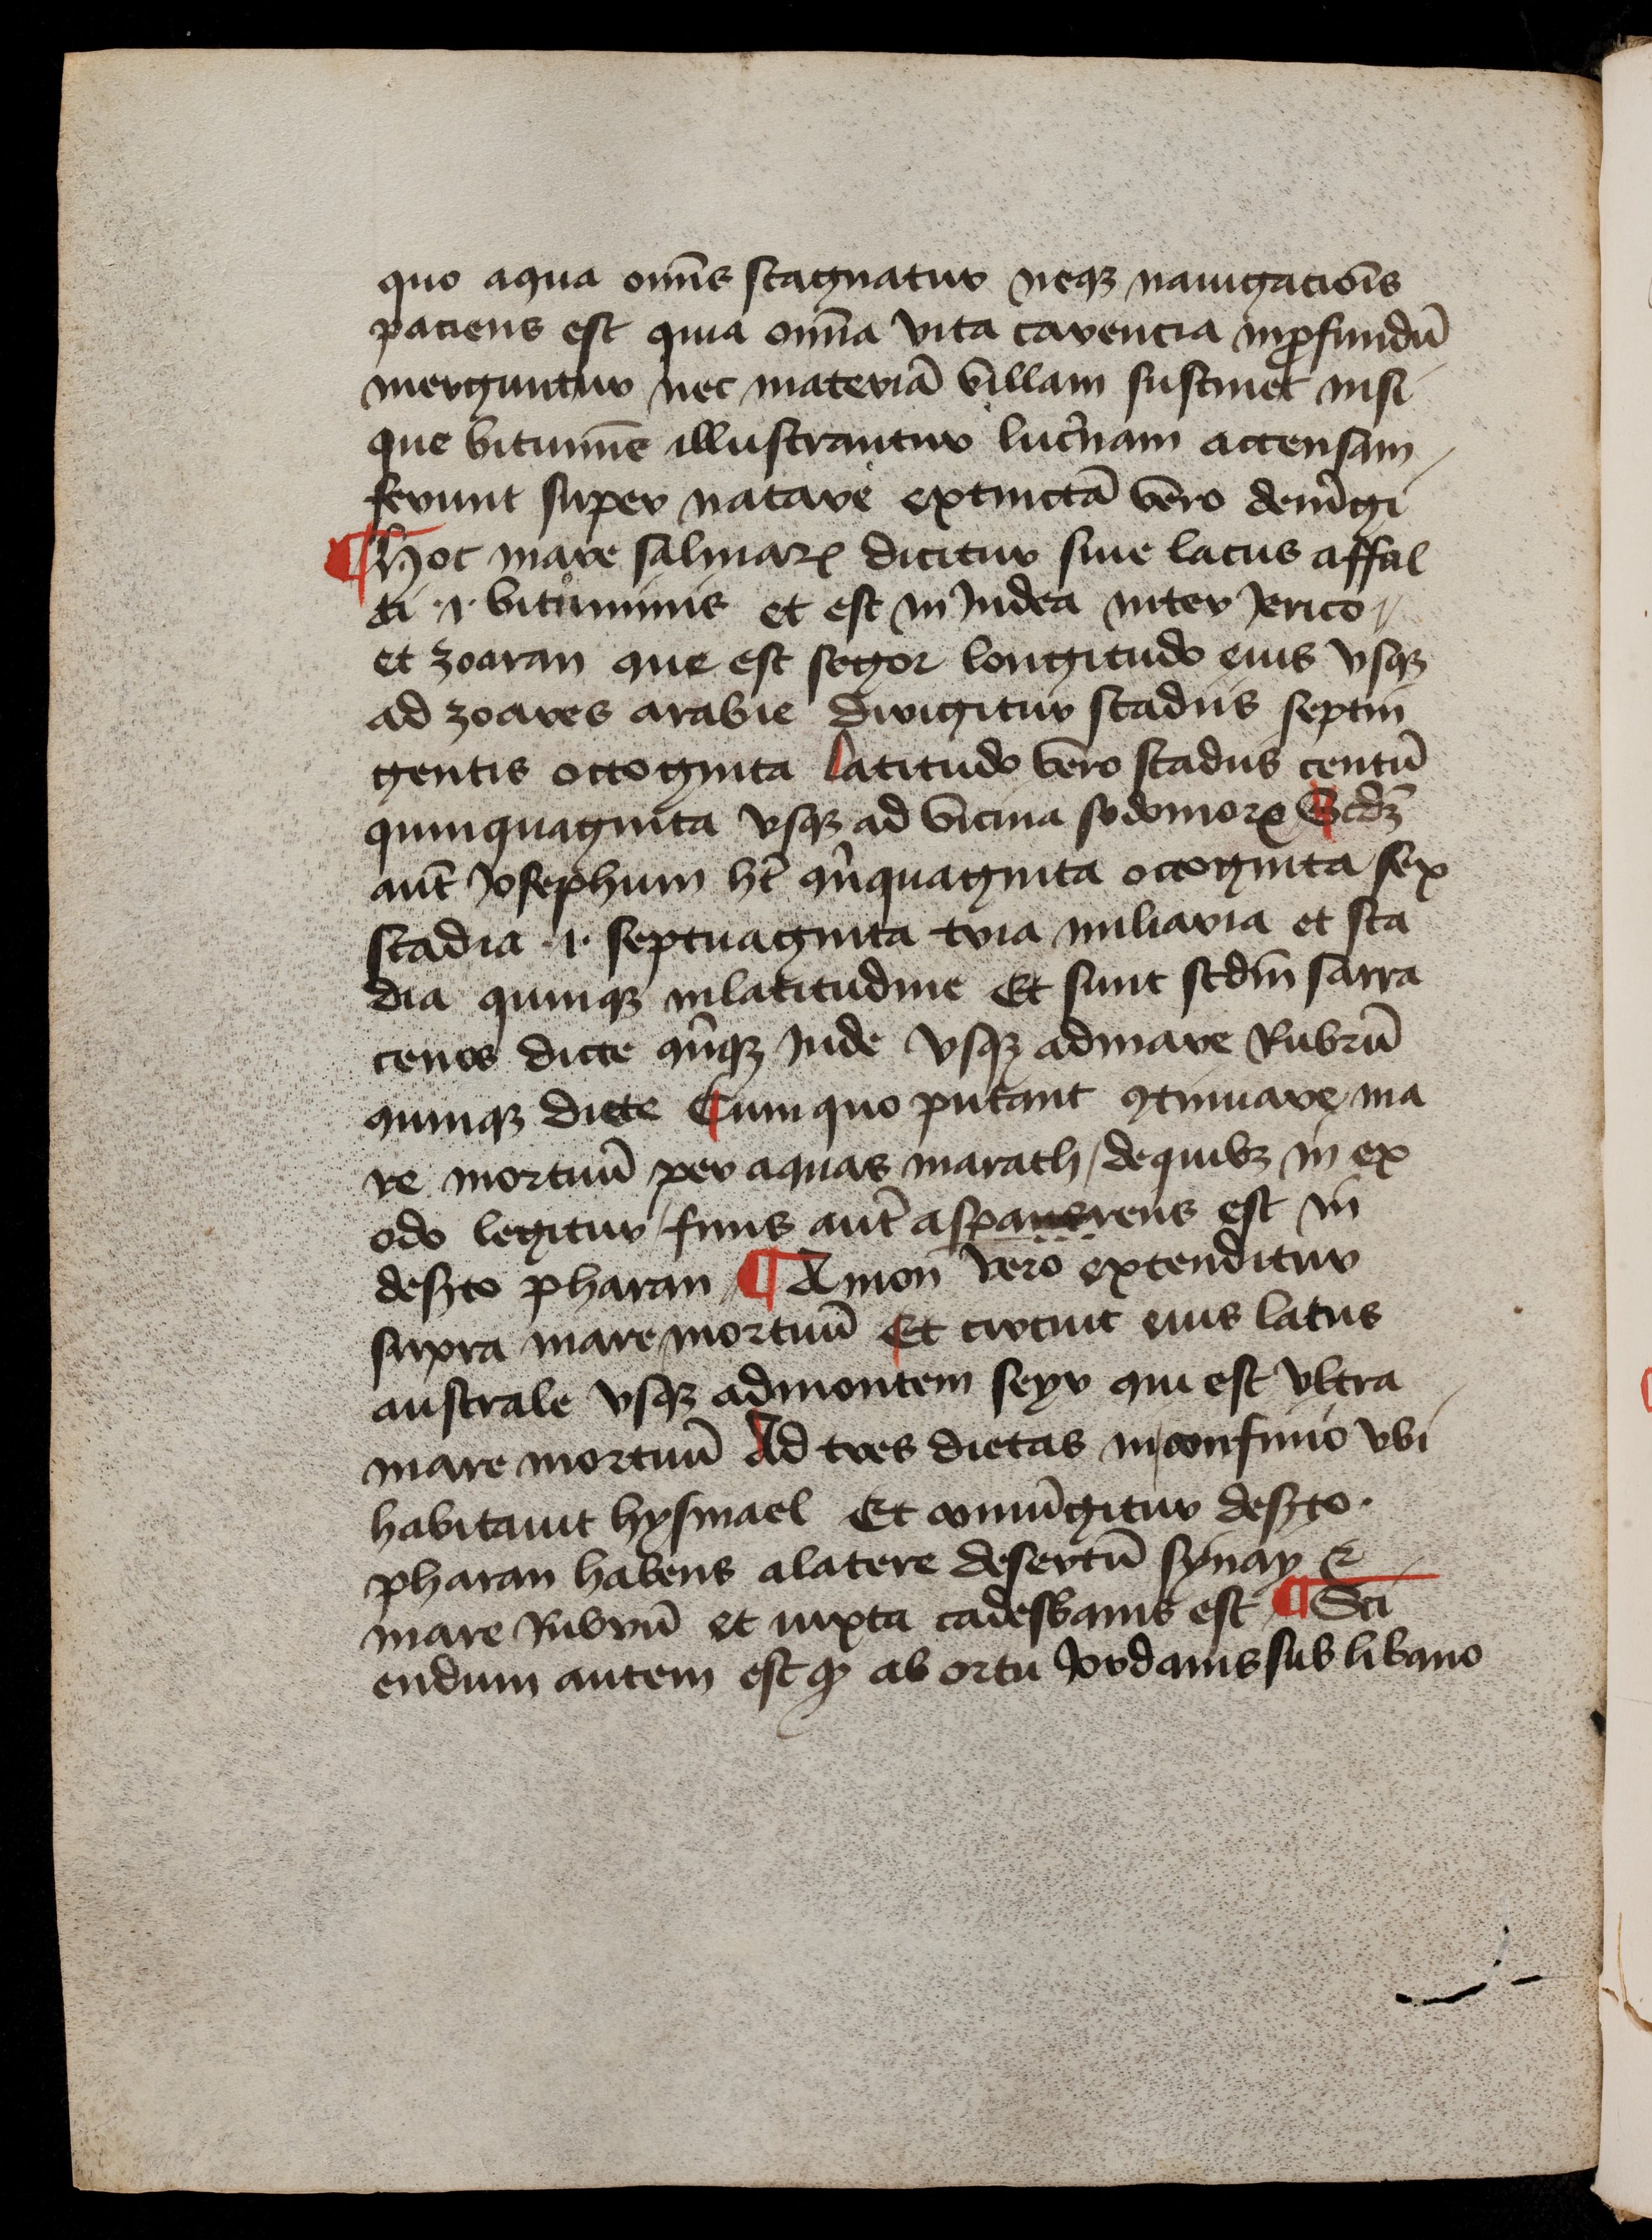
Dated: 1425–1449